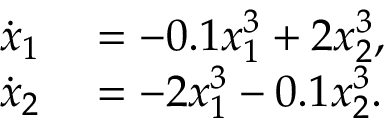
\begin{array} { r l } { \dot { x } _ { 1 } } & { { } = - 0 . 1 x _ { 1 } ^ { 3 } + 2 x _ { 2 } ^ { 3 } , } \\ { \dot { x } _ { 2 } } & { { } = - 2 x _ { 1 } ^ { 3 } - 0 . 1 x _ { 2 } ^ { 3 } . } \end{array}